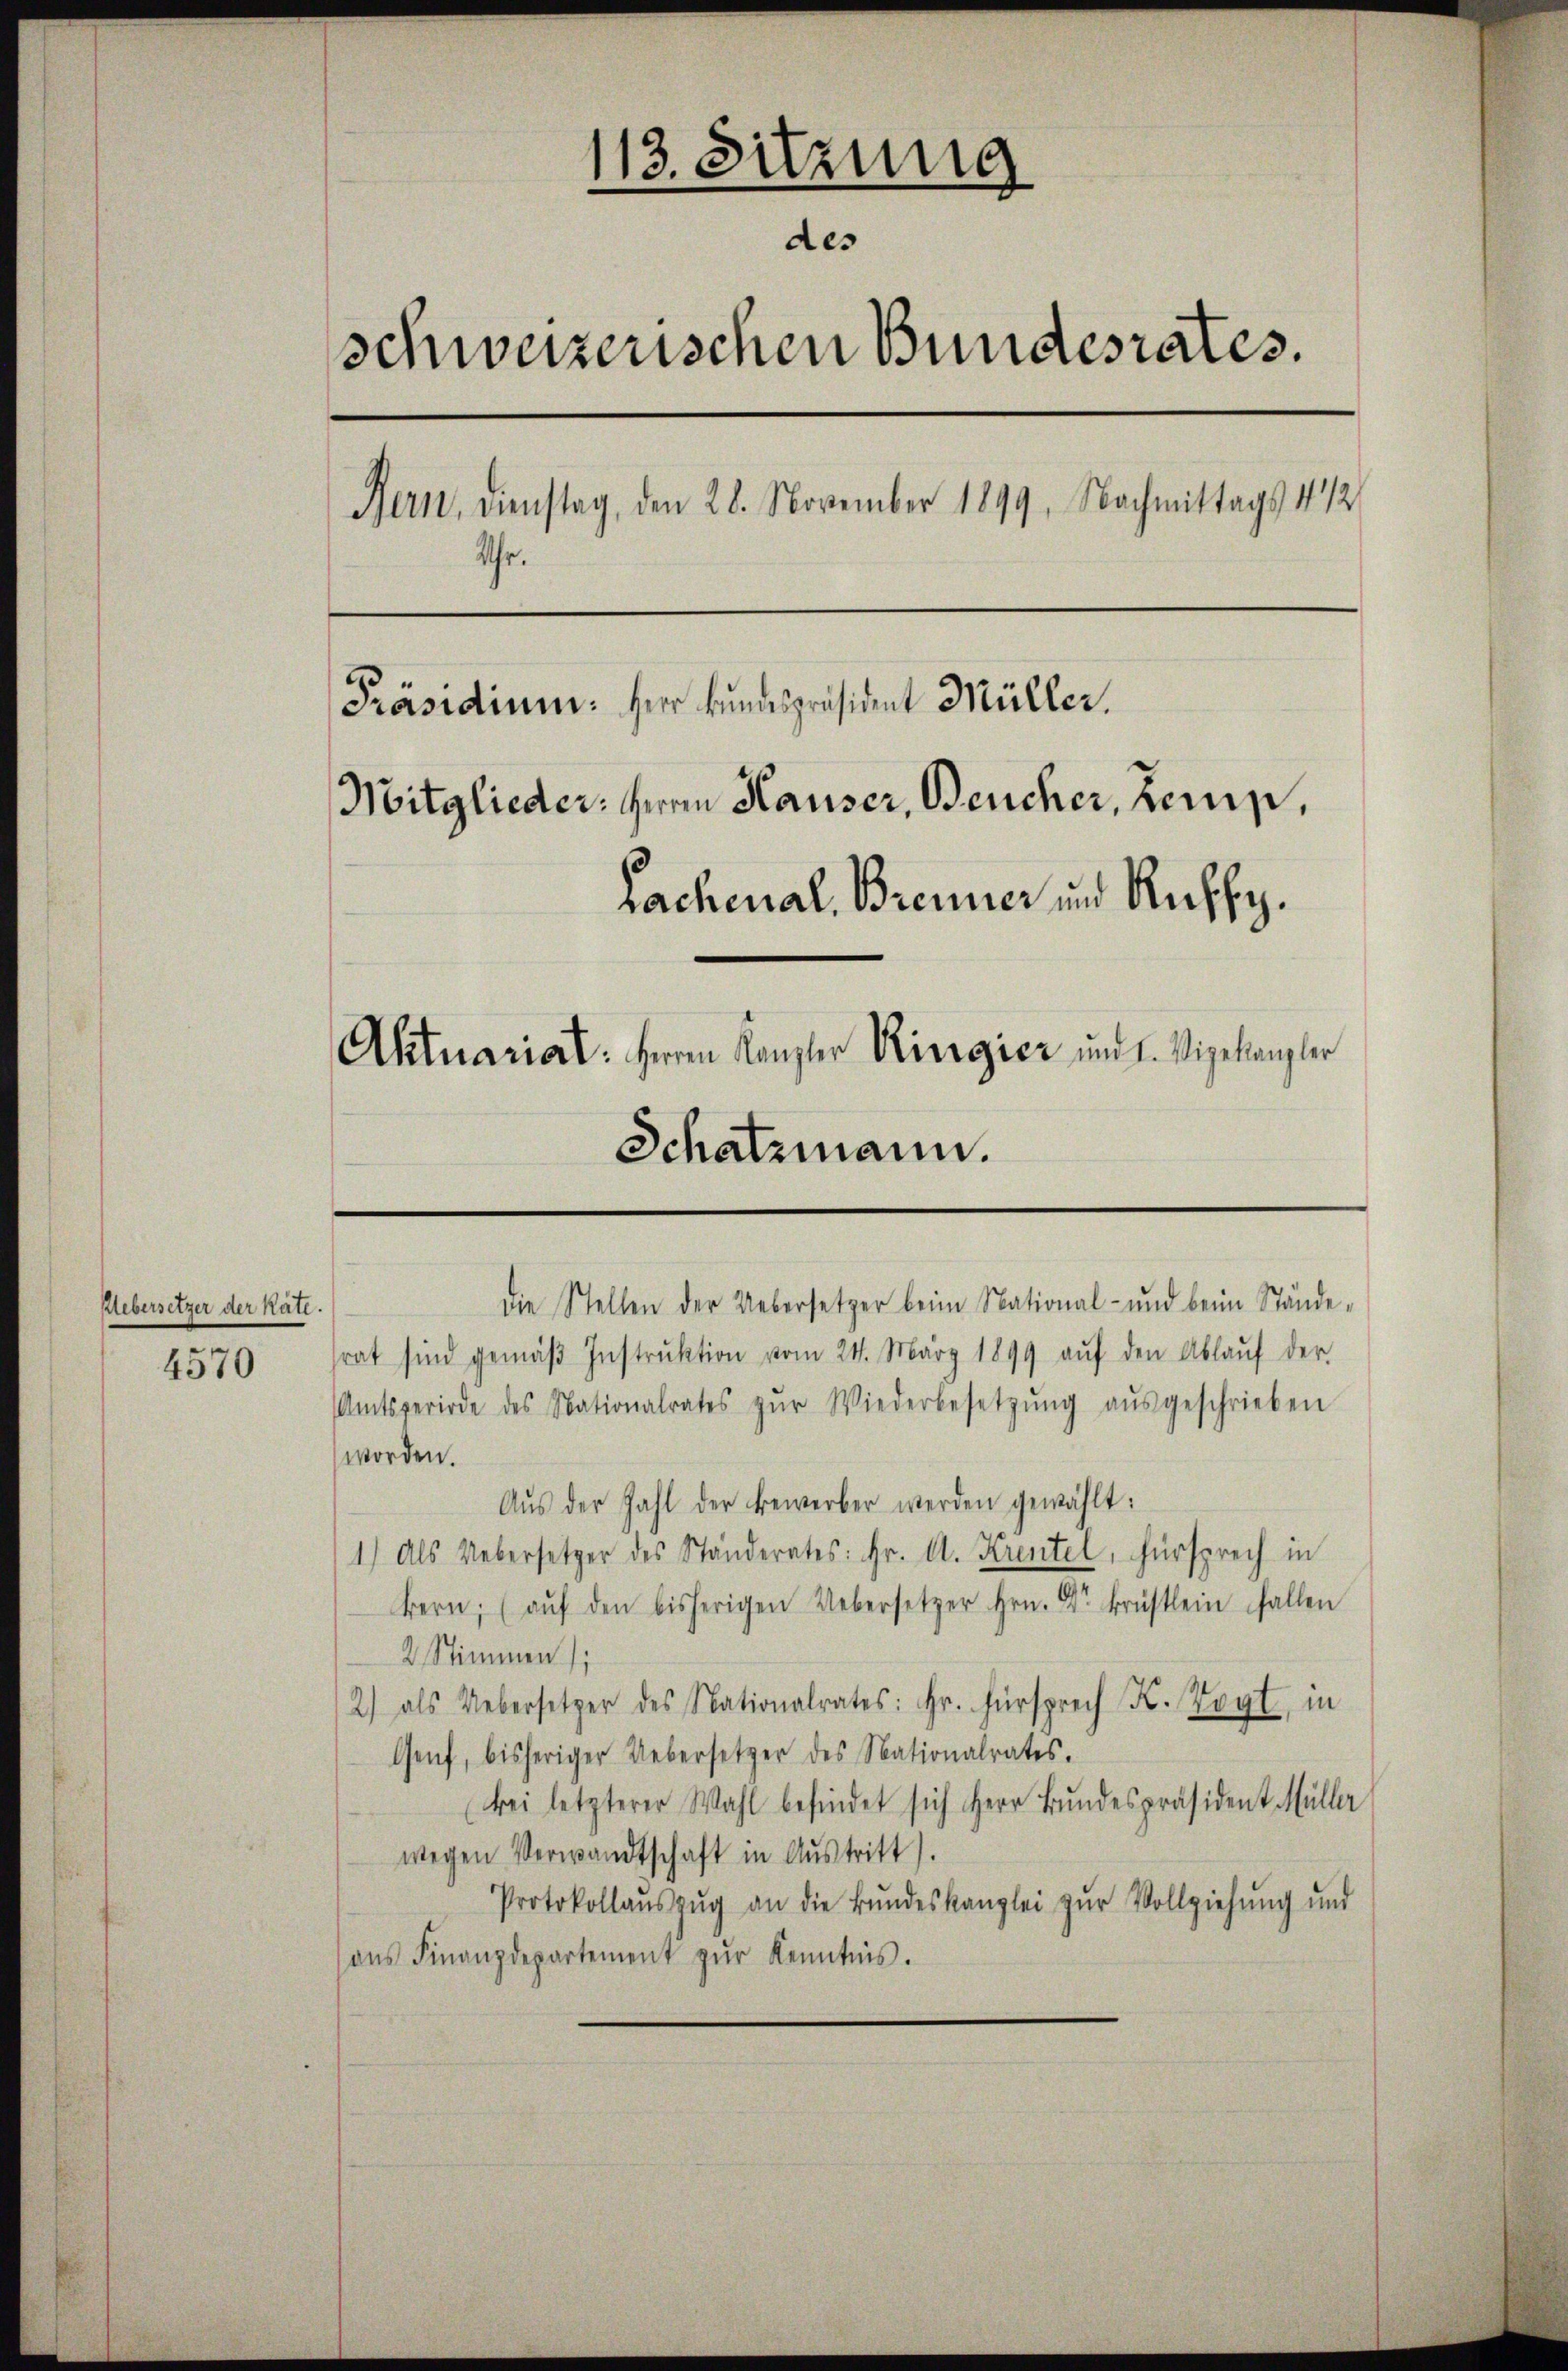
Uebersetzer der kate.

4570

113. Sitzung
des
schweizerischen Bundesrates.
Hern. Dienstag, den 28. November 1899. Nachmittags 4 1/2
Uhr.
Präsidium. Herr Hundespräsident Müller.
Mitglieder, Herrn Hauser, Beucher, Kemp,
Lachenal, Brenner und Recht.
Aktuariat. Herrn Kanzler Kirrozier und H. Vizekanzler
Schatzmann.

die Stellen der Uebersetzer beim National- und beim Ständesrat sind gemäβ Instrŭktion vom 24. März 1899 aŭf den Ablaŭf der
Amtsperiode des Nationalrates zŭr Wiederbesetzŭng aŭsgeschrieben
worden.
Aŭs der Zahl der Bewerber werden gewählt:
1) Als Uebersetzer des Ständerates: Hr. A. Krentel, Fürsprech in
kern, (aŭf den bisherigen Uebersetzer Hrn. Dr Brüstlein fallen
2 Stimmen);
2) als Uebersetzer des Nationalrates: Hr. Fürsprech K. Vogt, in
Genf, bisheriger Uebersetzer des Nationalrates.
bei letzterer Wahl befindet sich Herr Bŭndespräsident Müller
wegen Verwandtschaft in Aŭstritt).
Protokollaŭszŭg an die Bŭndeskanzlei zŭr Vollziehŭng ŭnd
ans Finanzdepartement zŭr Kenntnis.